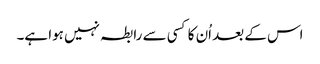
اس کے بعد اُن کا کسی سے رابطہ نہیں ہوا ہے۔